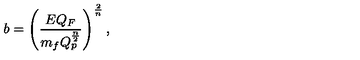
b = \left( { \frac { E Q _ { F } } { m _ { f } Q _ { p } ^ { \frac { n } { 2 } } } } \right) ^ { \frac { 2 } { n } } ,